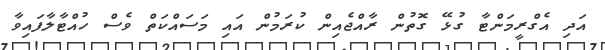
އަދި އެގްރީމަންޓާ ގުޅޭ ގޮތުން ރާއްޖެއިން ކުރަމުން އައި މަސައްކަތް ވެސް ހުއްޓާލާފައިވާ